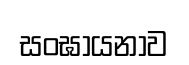
සංඝායනාව